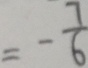
= - \frac { 7 } { 6 }